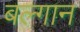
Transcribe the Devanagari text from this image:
बल्गान